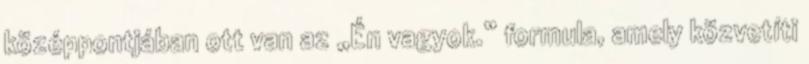
középpontjában ott van az „Én vagyok.” formula, amely közvetíti